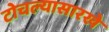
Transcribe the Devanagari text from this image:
टोचल्यासारखे